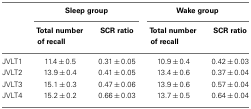
<table><thead><tr><td></td><td colspan="2"><b>Sleep group</b></td><td colspan="2"><b>Wake group</b></td></tr><tr><td></td><td><b>Total number of recall</b></td><td><b>SCR ratio</b></td><td><b>Total number of recall</b></td><td><b>SCR ratio</b></td></tr></thead><tbody><tr><td>JVLT1</td><td>11.4 ± 0.5</td><td>0.31 ± 0.05</td><td>10.9 ± 0.4</td><td>0.42 ± 0.03</td></tr><tr><td>JVLT2</td><td>13.9 ± 0.4</td><td>0.41 ± 0.05</td><td>13.4 ± 0.6</td><td>0.37 ± 0.04</td></tr><tr><td>JVLT3</td><td>15.1 ± 0.3</td><td>0.47 ± 0.06</td><td>13.9 ± 0.6</td><td>0.57 ± 0.04</td></tr><tr><td>JVLT4</td><td>15.2 ± 0.2</td><td>0.66 ± 0.03</td><td>13.7 ± 0.5</td><td>0.64 ± 0.04</td></tr></tbody></table>